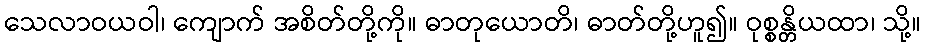
သေလာဝယဝါ၊ ကျောက် အစိတ်တို့ကို။ ဓာတုယောတိ၊ ဓာတ်တို့ဟူ၍။ ဝုစ္စန္တိယထာ၊ သို့။